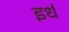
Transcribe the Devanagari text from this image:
इर्ध